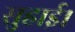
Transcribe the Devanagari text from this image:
सुहाई।